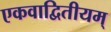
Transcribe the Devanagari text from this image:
एकवाद्वितीयम्